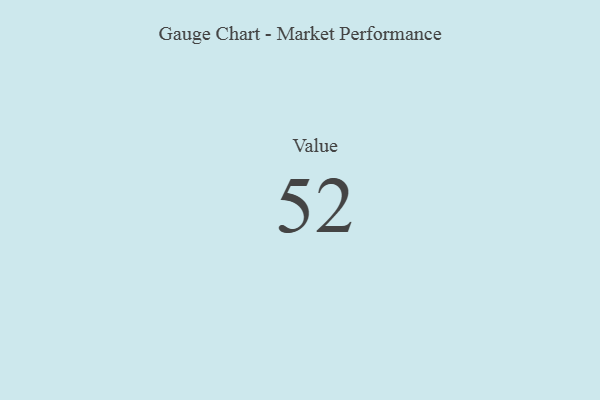
{"axis": {"x": "Metric", "y": "Value"}, "legend": [""], "data": [{"x": "Value", "y": 52, "type": ""}]}